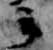
云